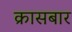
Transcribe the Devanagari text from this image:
क्रासबार